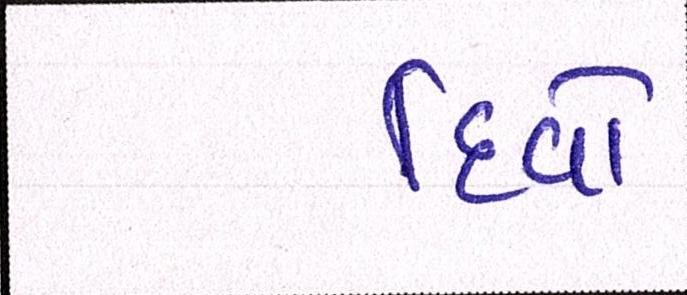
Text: દિવો